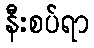
နီးစပ်ရာ